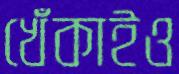
খেঁকাইও